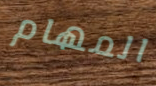
المهام